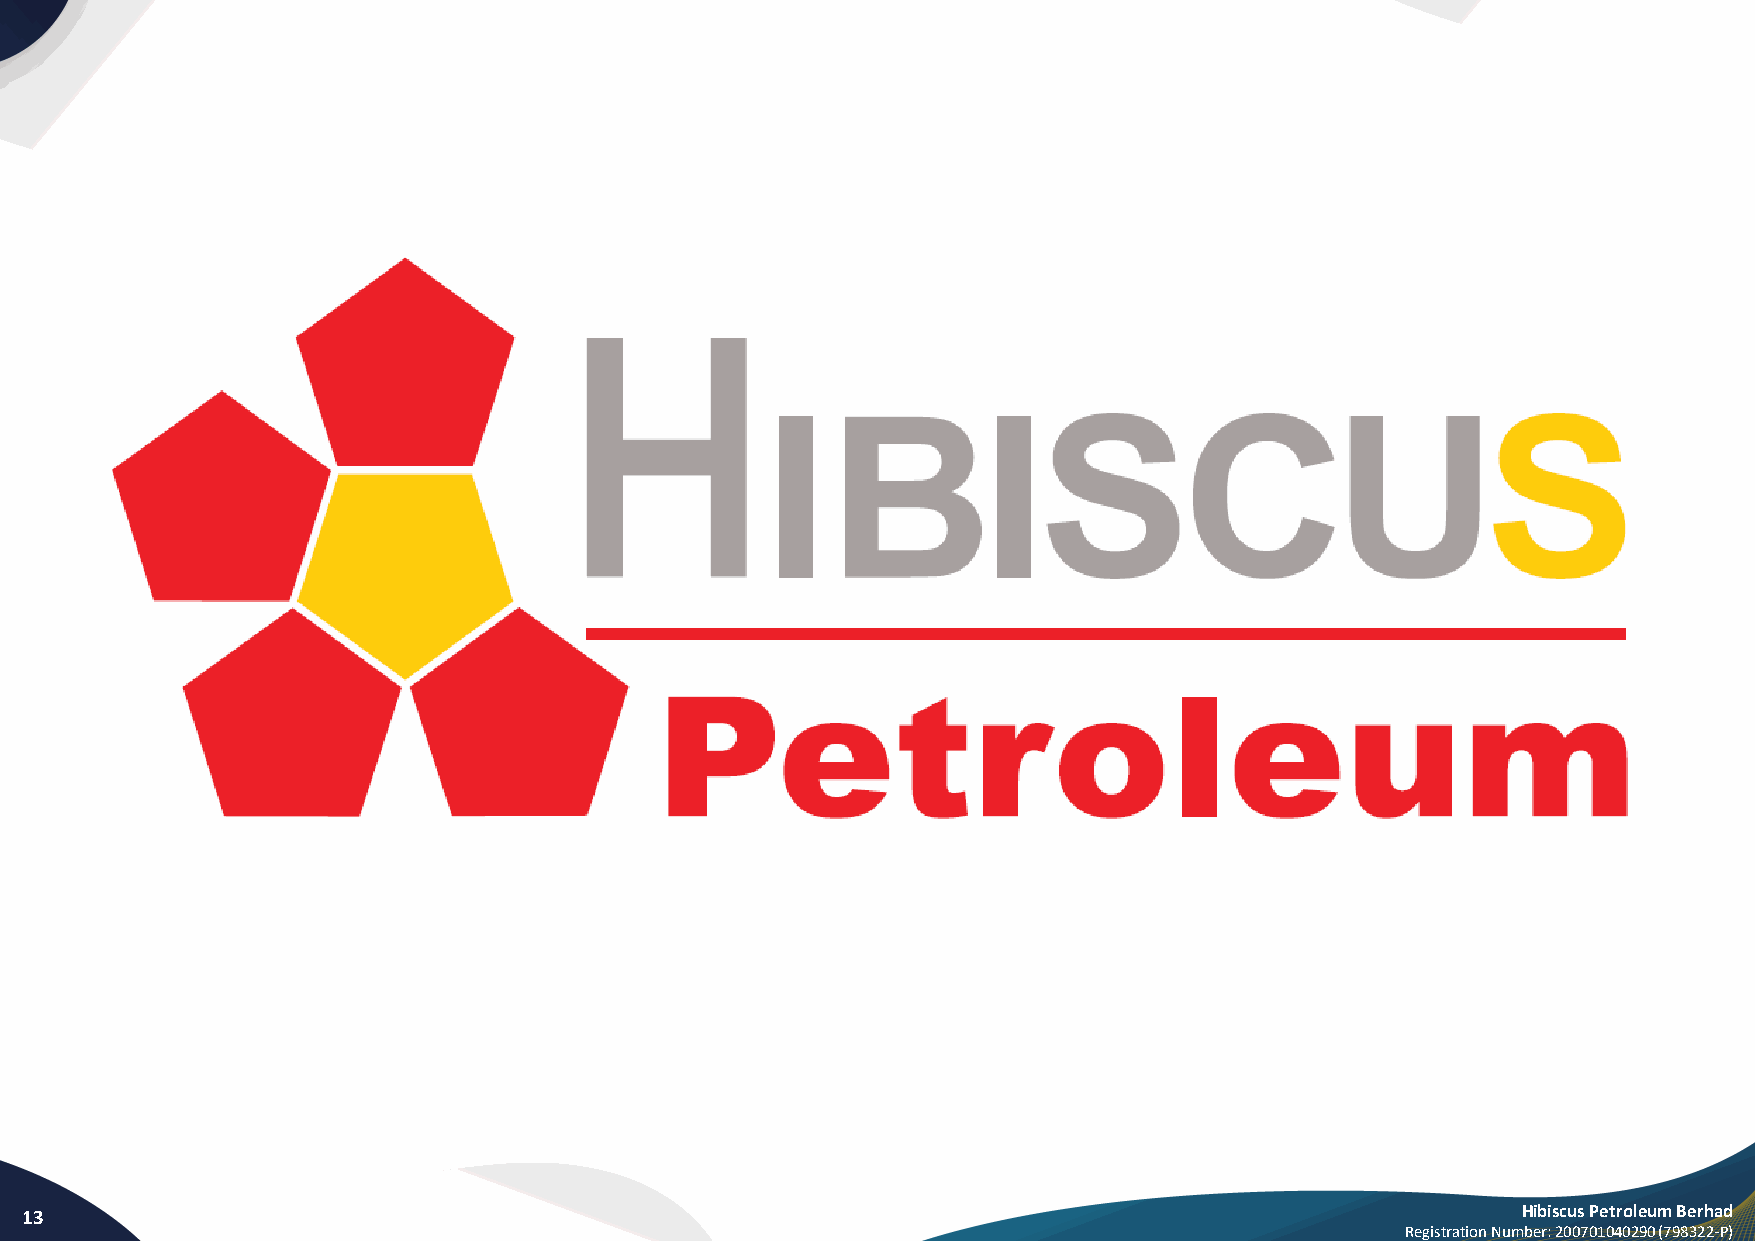
13                                                                                                  Hibiscus Petroleum Berhad
 Registration Number: 200701040290 (798322-P)